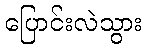
ပြောင်းလဲသွား